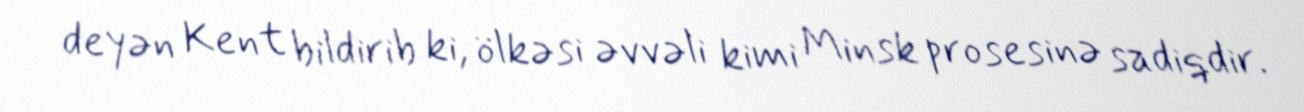
deyən Kent bildirib ki, ölkəsi əvvəli kimi Minsk prosesinə sadiqdir.